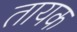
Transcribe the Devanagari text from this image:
तायक